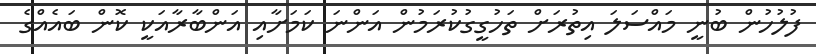
ފުލުހުން ބުނީ މައްސަލަ އިތުރަށް ތަހުގީގުކުރަމުން އަންނަ ކަމަށާއި އަންބާރާއަކީ ކޮން ބައެއްގެ